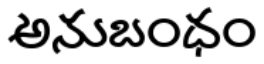
అనుబంధం